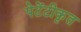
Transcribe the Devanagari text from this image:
पेटेंटीकृत